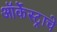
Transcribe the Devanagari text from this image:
ऑर्केस्ट्राचे